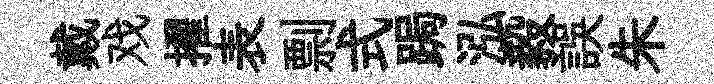
戴戏擢表剽式跼泓毅誤朱